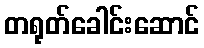
တရုတ်ခေါင်းဆောင်